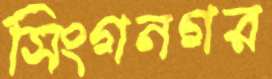
সিংগনগর